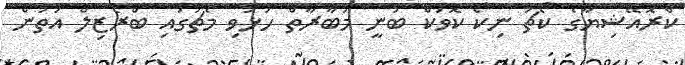
ކްރޮއޭޝިޔާގެ ކޯޗު ނިކޯ ކޮވަކް ބުނީ މުބާރާތް ހުޅުވި މެޗުގައި ބްރެޒިލް އަތުން